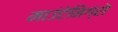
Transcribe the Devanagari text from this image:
माउंटेनिग्रो